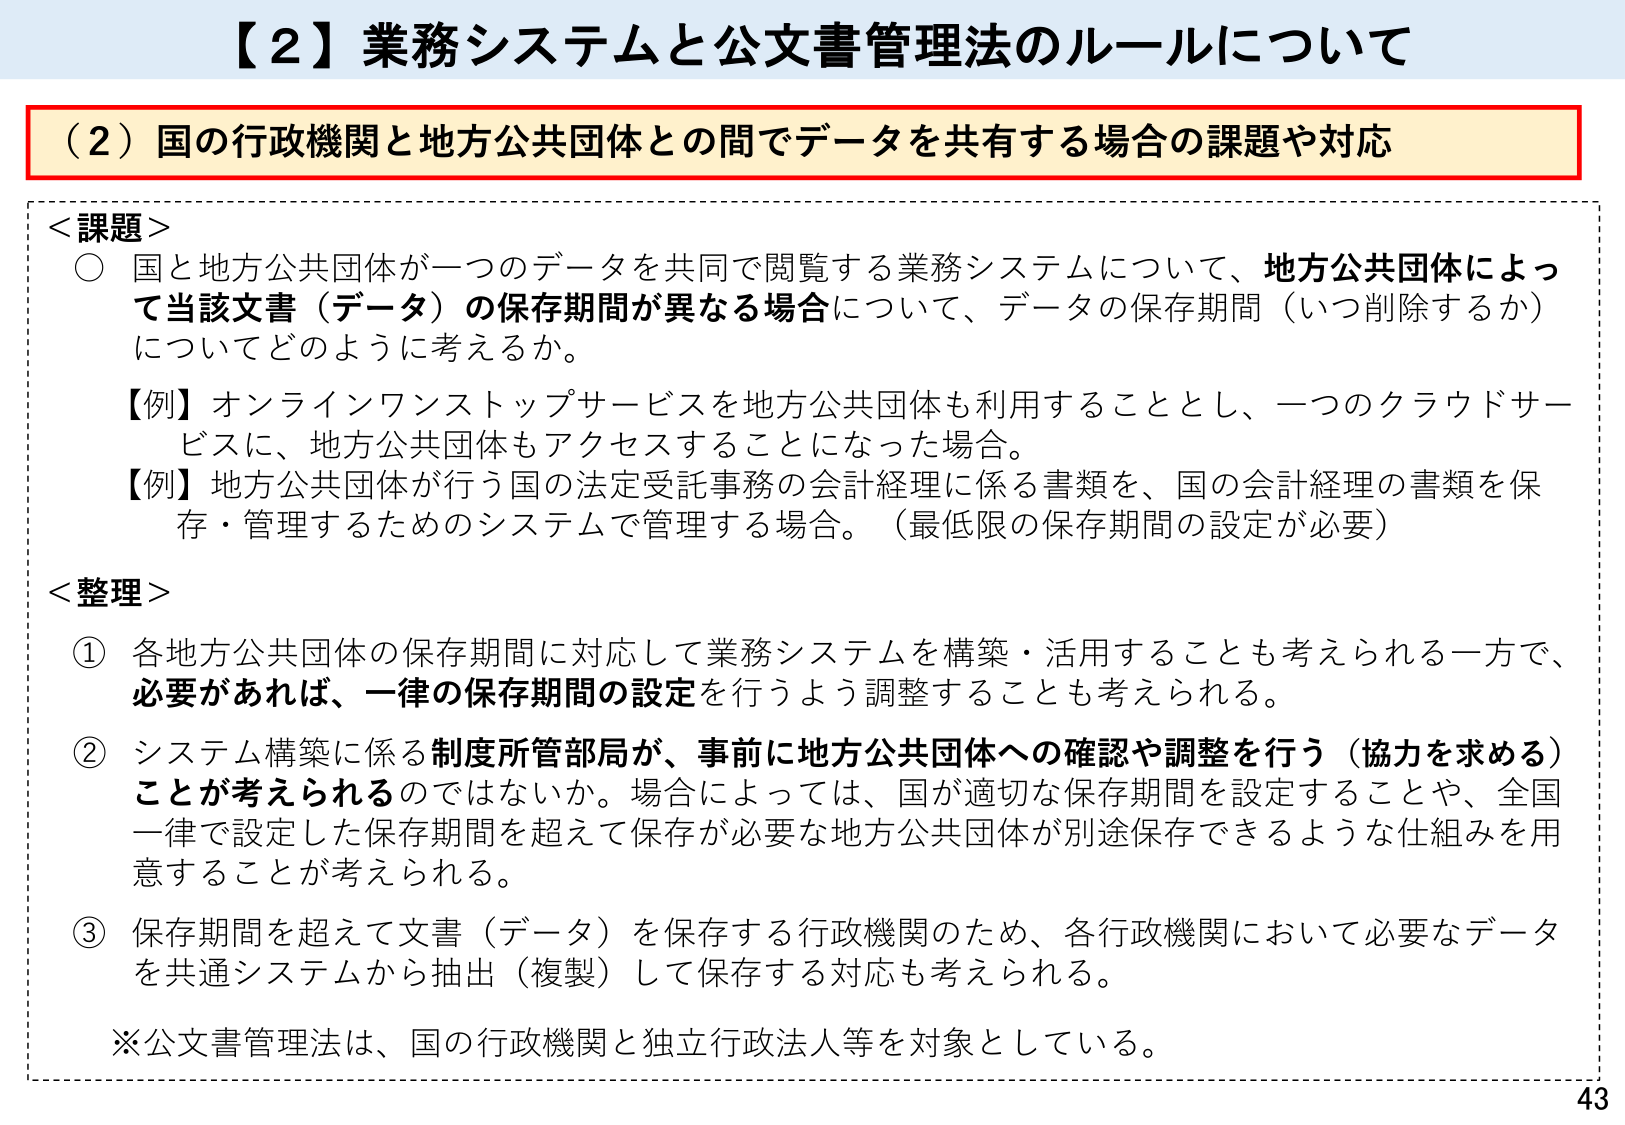
【２】業務システムと公文書管理法のルールについて

（２）国の行政機関と地方公共団体との間でデータを共有する場合の課題や対応

＜課題＞
○ 国と地方公共団体が一つのデータを共同で閲覧する業務システムについて、地方公共団体によって当該文書（データ）の保存期間が異なる場合について、データの保存期間（いつ削除するか）についてどのように考えるか。
【例】オンラインワンストップサービスを地方公共団体も利用することとし、一つのクラウドサービスに、地方公共団体もアクセスすることになった場合。
【例】地方公共団体が行う国の法定受託事務の会計経理に係る書類を、国の会計経理の書類を保存・管理するためのシステムで管理する場合。（最低限の保存期間の設定が必要）

＜整理＞
① 各地方公共団体の保存期間に対応して業務システムを構築・活用することも考えられる一方で、必要があれば、一律の保存期間の設定を行うよう調整することも考えられる。
② システム構築に係る制度所管部局が、事前に地方公共団体への確認や調整を行う（協力を求める）ことが考えられるのではないか。場合によっては、国が適切な保存期間を設定することや、全国一律で設定した保存期間を超えて保存が必要な地方公共団体が別途保存できるような仕組みを用意することが考えられる。
③ 保存期間を超えて文書（データ）を保存する行政機関のため、各行政機関において必要なデータを共通システムから抽出（複製）して保存する対応も考えられる。

※公文書管理法は、国の行政機関と独立行政法人等を対象としている。

43